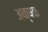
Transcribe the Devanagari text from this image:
अक्षक